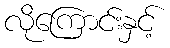
လိုကြောင်းနှင့်